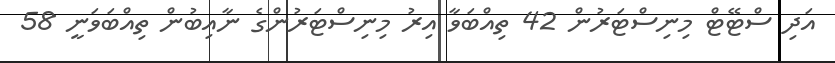
އަދި ސްޓޭޓް މިނިސްޓަރުން 42 ތިއްބަވާ އިރު މިނިސްޓަރުންގެ ނާއިބުން ތިއްބަވަނީ 58